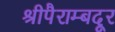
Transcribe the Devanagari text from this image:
श्रीपैराम्बदूर